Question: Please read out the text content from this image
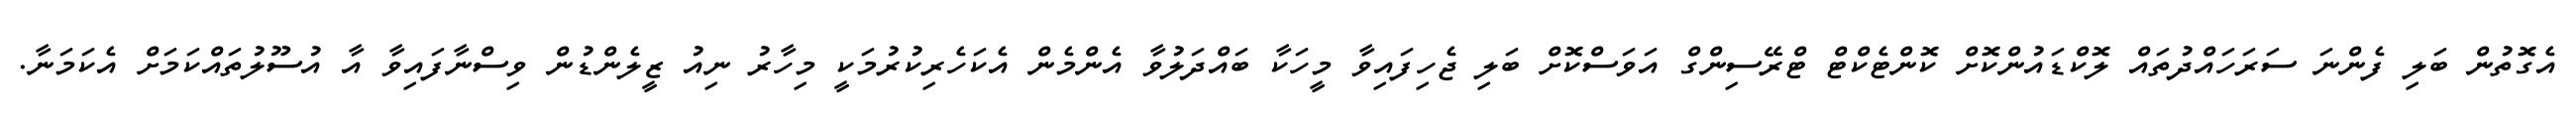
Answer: އެގޮތުން ބަލި ފެންނަ ސަރަހައްދުތައް ލޮކްޑައުންކޮށް ކޮންޓެކްޓް ޓްރޭސިންގް އަވަސްކޮށް ބަލި ޖެހިފައިވާ މީހަކާ ބައްދަލުވާ އެންމެން އެކަހެރިކުރުމަކީ މިހާރު ނިއު ޒީލެންޑުން ވިސްނާފައިވާ އާ އުސޫލުތައްކަމަށް އެކަމަނާ.